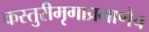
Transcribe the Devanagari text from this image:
कस्तुरीमृगाप्रमाणेच